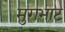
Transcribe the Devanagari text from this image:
मुगभाट